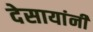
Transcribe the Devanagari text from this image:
देसायांनी